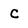
Character: c